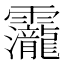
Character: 𮧁